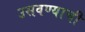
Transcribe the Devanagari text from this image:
उसवण्याची